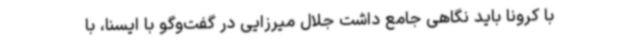
با کرونا باید نگاهی جامع داشت جلال میرزایی در گفت‌وگو با ایسنا، با